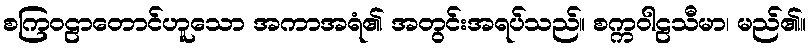
စကြဝဠာတောင်ဟူသော အကာအရံ၏ အတွင်းအရပ်သည်။ စက္ကဝါဠသီမာ၊ မည်၏။